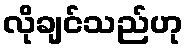
လိုချင်သည်ဟု